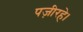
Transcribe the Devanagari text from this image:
पज़ीरहे।